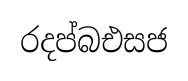
රදප්බඑසජ